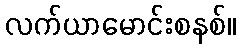
လက်ယာမောင်းစနစ်။